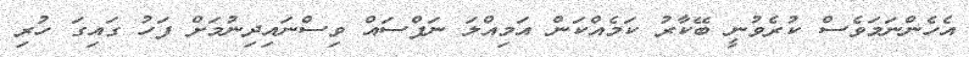
އެހެންނަމަވެސް ކުރެވުނީ ބޭކާރު ކަމެއްކަން އަމިއްލަ ނަފްސައް ވިސްނައިދިނުމަށް ފަހު ގައިގަ ހުރި